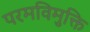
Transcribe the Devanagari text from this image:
परमविमुक्ति